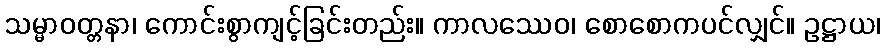
သမ္မာဝတ္တနာ၊ ကောင်းစွာကျင့်ခြင်းတည်း။ ကာလဿေဝ၊ စောစောကပင်လျှင်။ ဥဋ္ဌာယ၊